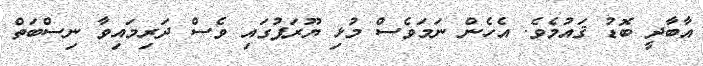
އާބާދީ ބޮޑު ޤައުމެވެ. އެހެން ނަމަވެސް މުޅި ޔޫރަޕުގައި ވެސް ދަރިމައިވާ ނިސްބަތް